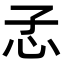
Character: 孞